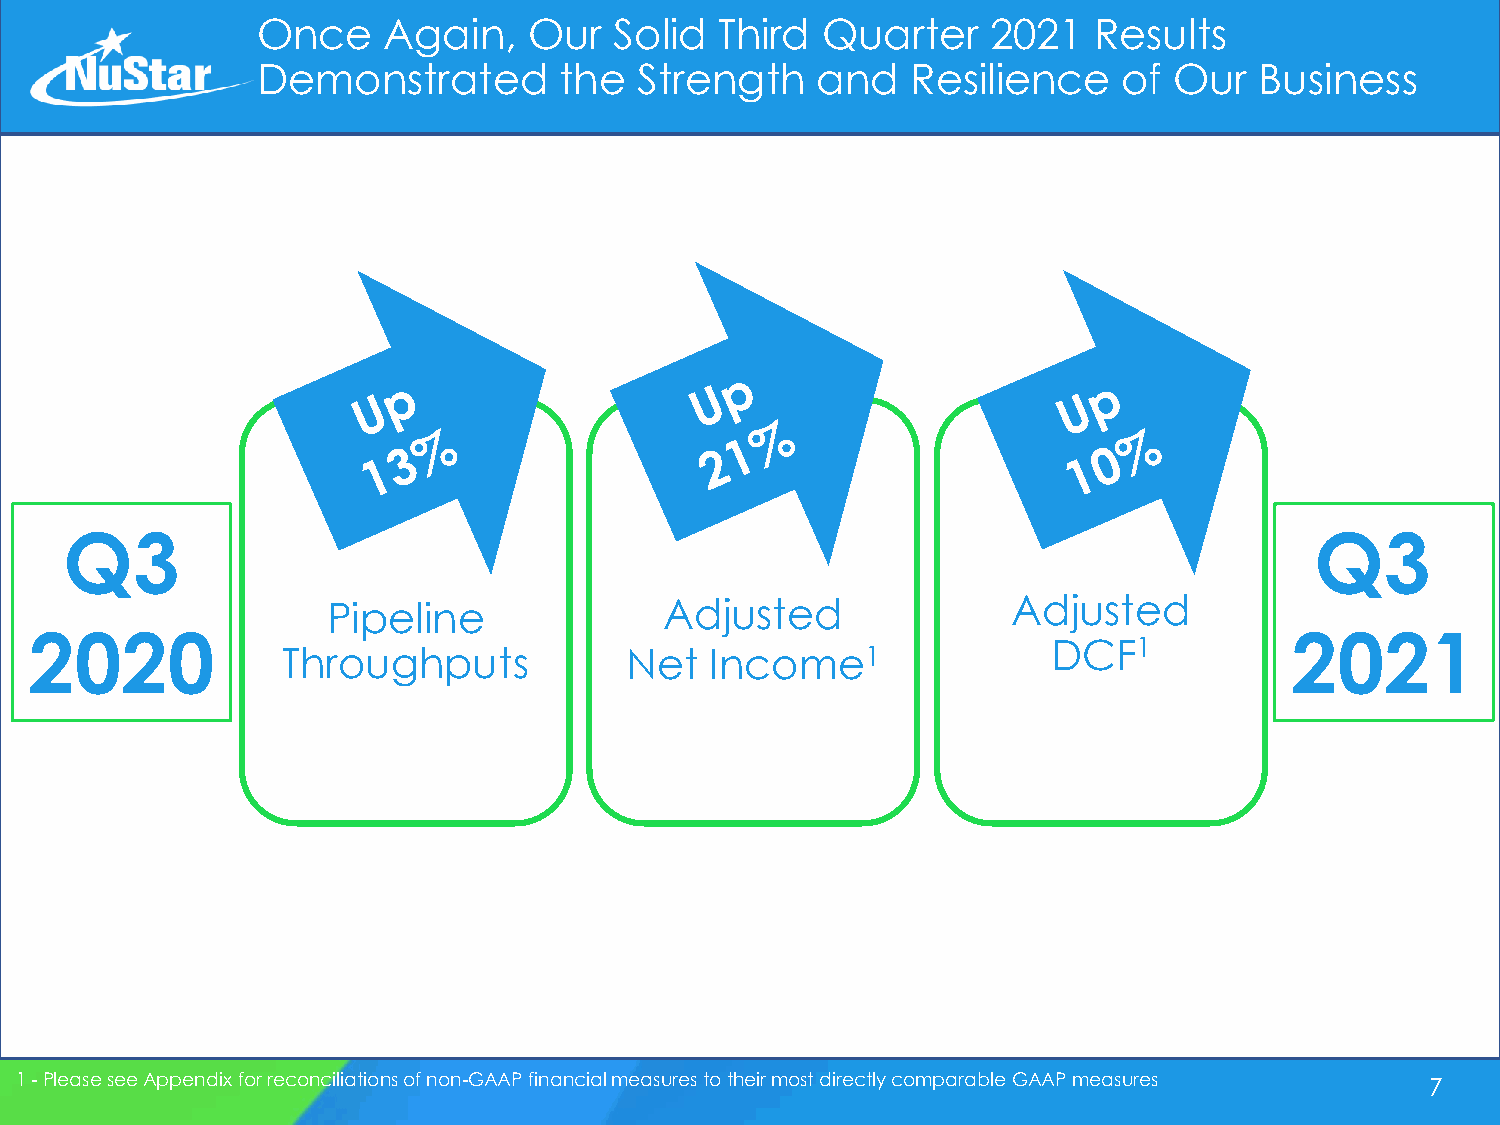
Once    Again,    Our   Solid  Third Quarter     2021  Results
 Demonstrated        the  Strength    and   Resilience    of  Our  Business
 Q3                                                                                 Q3
 Pipeline              Adjusted               Adjusted
 2020                                                                               2021
 DCF1
 Throughputs           Net   Income1
 1 -Please see Appendix for reconciliations of non-GAAP financial measures to their most directly comparable GAAP measures 7